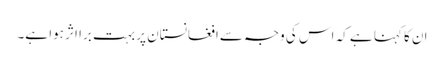
ان کا کہنا ہے کہ اس کی وجہ سےافغانستان پر بہت برا اثر ہوا ہے۔